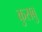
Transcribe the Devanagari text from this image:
कुसबु